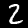
Digit: 2